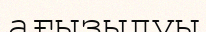
ағызылуы